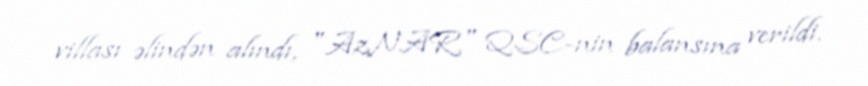
villası əlindən alındı, "AzNAR" QSC-nin balansına verildi.